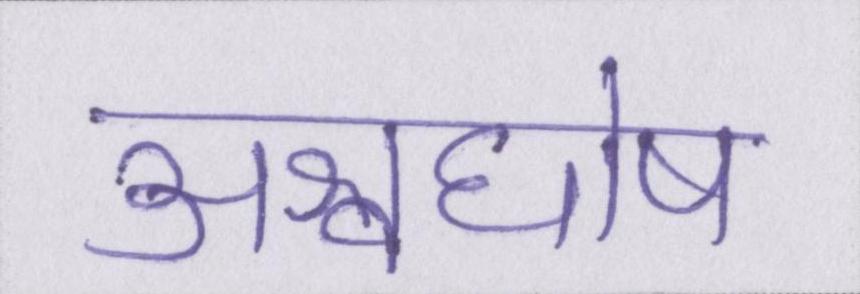
अश्वघोष